Report on malaria in the Punjab during the year ...  together with an account of the work of the Punjab Malaria Bureau - Volume 4
Disease focus: Malaria
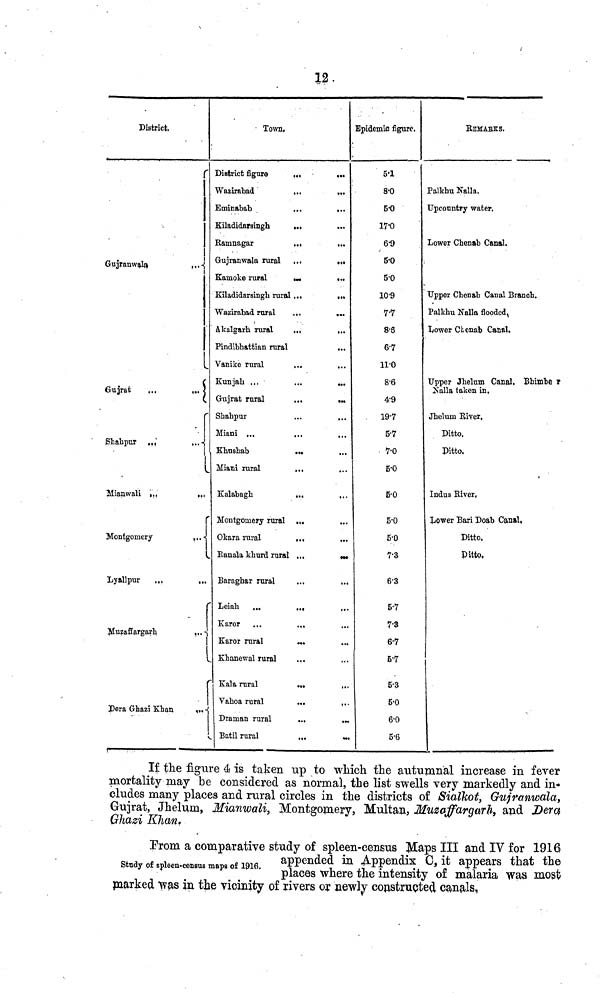
12
District,
r
Gujranwala
...
Gujrat
...
...
r
Shahpur ,,,
...
1
Mianwali
...
...
r
Montgomery
...
Lyallpur
...
...
Muzaffargarh
...
!
Dera Ghazi Khan
...
Town.
District figure ,.,
...
Wazirabad
...
...
Eminabab
...
...
Kiladidaraingh
...
...
Ramnagar
... ...
Gujranwala rural ...
...
Kamoke rural
...
...
Kiladidarsingh rural ...
...
Wazirabad rural
...
...
Akalgarh rural
...
...
Pindibhattian rural
...
Vanike rural
...
...
Kunjah ...
...
...
Gujrat rural
...
...
Shahpur
...
...
Miani ... ... ...
Khushab
... ...
Miani rural ... ...
Kalabagh
... ...
Montgomery rural .,.
...
Okara rural
...
...
Ranala khurd rural ...
...
Baraghar rural
...
...
Leiah ...
...
...
Karor ...
.,,
Karor rural
... ...
Khanewal rural ... ...
Kala rural
...
...
Vahoa rural
...
...
Draman rural
...
...
Batil rural
...
...
Epidemic figure.
5.1
8.0
5.0
17.0
6.9
5.0
5.0
10.9
7.7
8.8
6.7
11.0
8.6
4.9
19.7
5.7
7.0
5.0
6.0
5.0
5.0
7.3
6.3
5.7
7.3
67
6.7
5.3
5.0
6.0
5.6
REMARKS.
Palkhu Nalla.
Upcountry water.
Lower Chenab Canal.
Upper Chenab Canal Branch.
Palkhu Nalla flooded.
Lower Chenab Canal.
Upper Jhelum Canal, Bhimbe r
Nalla taken in,
Jhelum River.
Ditto.
Ditto,
Indus River.
Lower Bari Doab Canal.
Ditto.
Ditto.
If the figure 4 is taken up to which the autumnal increase in fever
mortality may be considered as normal, the list swells very markedly and in-
cludes many places and rural circles in the districts of Sialkot, Gujranwala,
Gujrat, Jhelum, Mianwali, Montgomery, Multan, Muzaffargarh, and Dera
Ghazi Khan.
Study of spleen-census maps of 1916.
Prom a comparative study of spleen-census Maps III and IV for 1916
appended in Appendix G, it appears that the
places where the intensity of malaria was most
marked was in the vicinity of rivers or newly constructed canals.